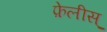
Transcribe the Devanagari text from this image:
फ़ेलीस्